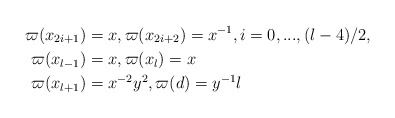
\begin{align*}\varpi(x_{2i+1}) & =x,\varpi(x_{2i+2})=x^{-1},i=0,...,(l-4)/2,\\\varpi(x_{l-1}) & =x,\varpi(x_{l})=x\\\varpi(x_{l+1}) & =x^{-2}y^{2},\varpi(d)=y^{-1}l\end{align*}